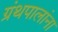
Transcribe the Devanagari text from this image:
ग्रंथपालांना